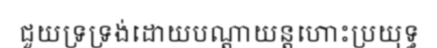
ជួយទ្រទ្រង់ដោយបណ្តាយន្តហោះប្រយុទ្ធ